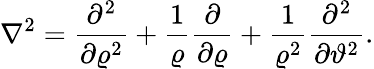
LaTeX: \nabla^{2}=\frac{\partial^{2}}{\partial\varrho^{2}}+\frac{1}{\varrho}\frac{\partial}{\partial\varrho}+\frac{1}{\varrho^{2}}\frac{\partial^{2}}{\partial\vartheta^{2}}.